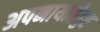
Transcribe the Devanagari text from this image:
अपनायातेहुए